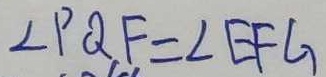
\angle P Q F = \angle E F G